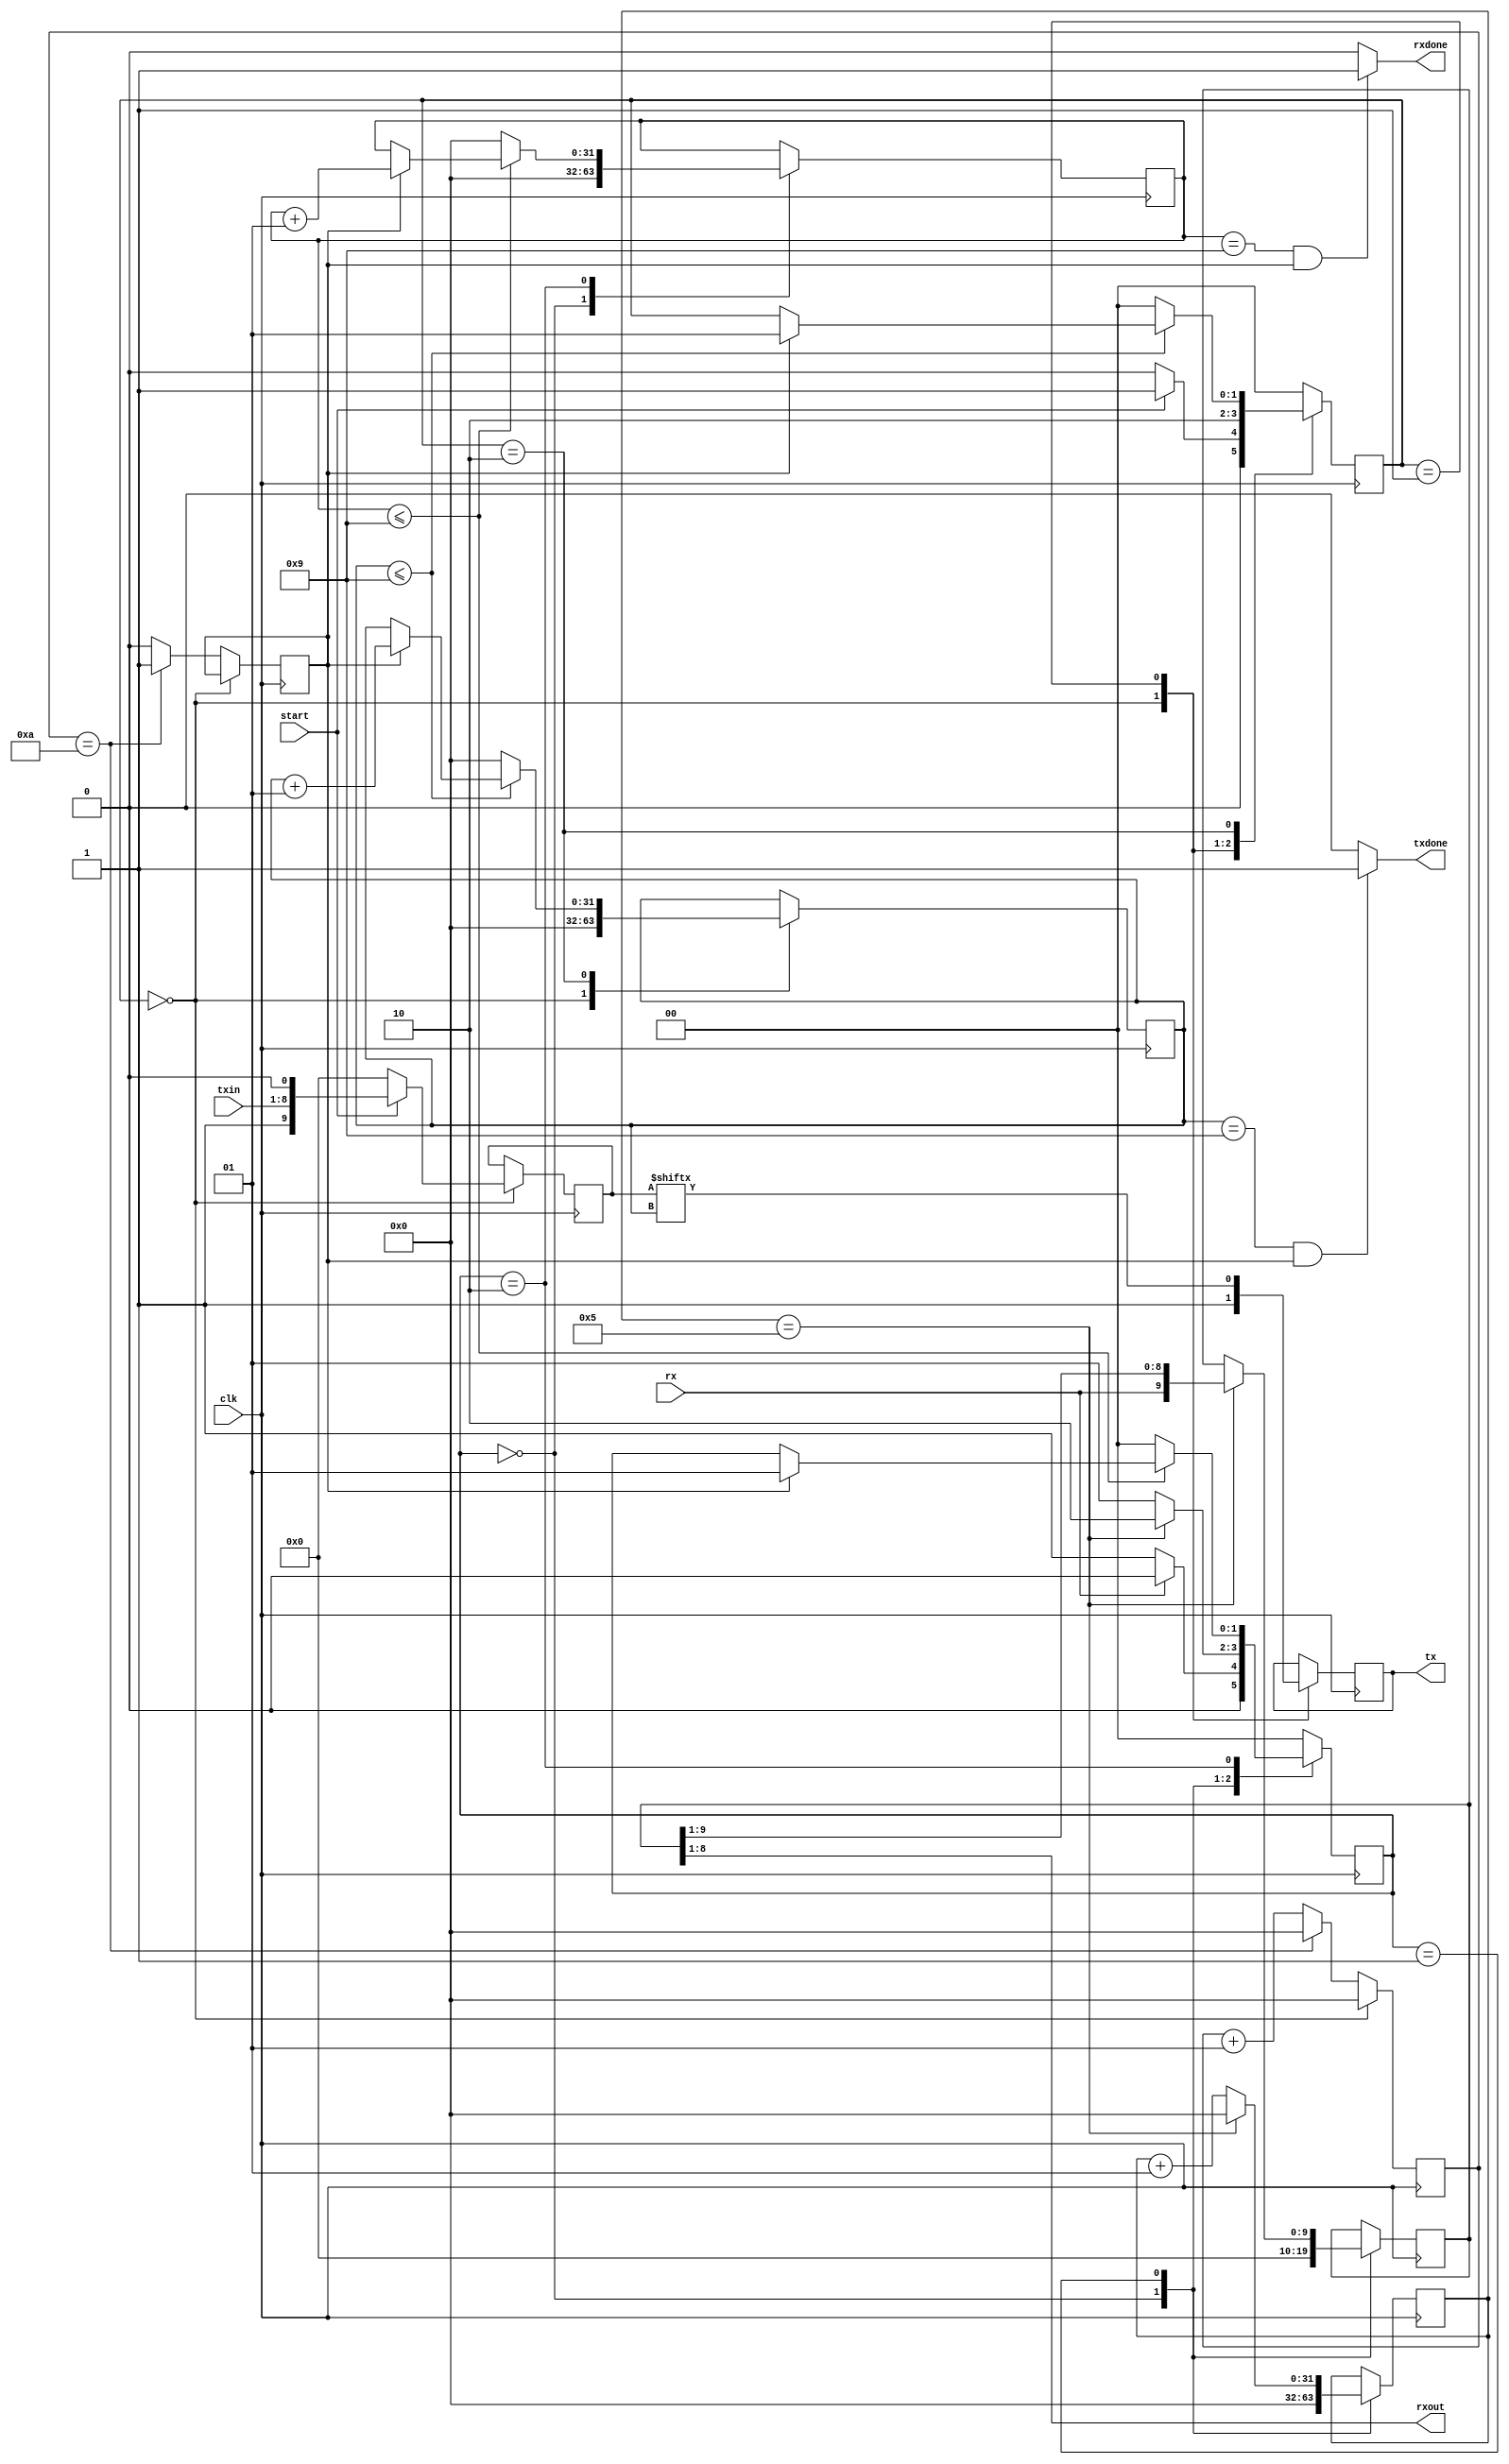
`timescale 1ns / 1ps



module UART(
input clk,
input start,
input [7:0] txin,
output reg tx, 
input rx,
output [7:0] rxout,
output rxdone, txdone
    );
//Generate trigger bit with approriate baudrate
parameter clock_rate= 100000;
parameter baudrate= 9600;
parameter wait_count=clock_rate/baudrate;
integer count =0;
reg bitDone = 0; // sign to transmit 1 data completed
parameter idle = 0, send = 1, check = 2;
reg [1:0] state = idle; 

always@(posedge clk) 
begin
    if(state == idle) 
        begin
        count <=0;
        end
    else
        begin
        if(count == wait_count)
            begin
            bitDone<=1'b1;
            count <= 0;
            end
        else
            begin
            count<=count+1;
            bitDone<=1'b0;
            end
    end
end

//Transmit data
reg [9:0] txData;///stop bit data start
integer bitIndex = 0; ///reg [3:0]; // count how many bit transmitted
reg [9:0] shifttx = 0; // for debugging

always@(posedge clk)
begin
    case(state)
    idle:
        begin
        tx<=1'b1;
        txData<=0;
        bitIndex<=0;
        shifttx<=0;
        if(start == 1'b1)
           begin
           txData<={1'b1,txin,1'b0};
           state<=send;
           end
         else state<=idle;
        end
     send:
        begin
        tx<=txData[bitIndex];
        state<=check;
        shifttx<={txData[bitIndex], shifttx[9:1]};
        end
     check:
            begin
            if(bitIndex<=9)
                begin
                if(bitDone==1'b1)
                    begin
                    bitIndex<=bitIndex+1;
                    state<=send;
                    end
                end
             else 
                begin
                bitIndex<=0;
                state<=idle;
                end
             end
      default: state<=idle;
      endcase
end
assign txdone = (bitIndex == 9 && bitDone==1'b1) ? 1'b1 : 1'b0;

//receive data
integer rcount = 0;
integer rindex = 0;
parameter ridle = 0, rwait = 1, recv = 2;
reg [1:0] rstate;
reg [9:0] rxdata;
always@(posedge clk)
begin
case(rstate)
    ridle:
        begin
        rxdata <=0;
        rcount<=0;
        rindex<=0;
        if(rx==1'b0) // transition logic of connection tx rx from 1 to 0 ->start transmit and receive
            begin
            rstate<=rwait;
            end
        else rstate<=ridle;
        end
     rwait:
        begin
            if(rcount == wait_count/2) //we receive bit at the middle
                begin
                rstate<=recv;
                rcount<=0;
                rxdata <= {rx,rxdata[9:1]};
                end
            else 
                begin
                rcount<=rcount+1;
                rstate<=rwait;
                end
        end
     recv:
        begin
            if(rindex<=9)
                begin
                if(bitDone==1'b1)
                    begin
                    rindex<=rindex+1;
                    rstate<=rwait;
                    end
                 end
             else begin
                rstate<=ridle;
                rindex<=0;
                end
        end
     default: rstate<=ridle;
endcase
end
assign rxout =rxdata[8:1];
assign rxdone= (rindex ==9 && bitDone==1'b1) ? 1'b1 : 1'b0;

endmodule